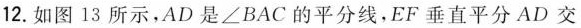
12.如图13所示，AD是∠BAC的平分线，EF垂直平分AD交